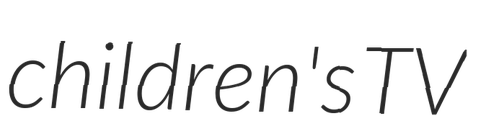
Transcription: children's TV